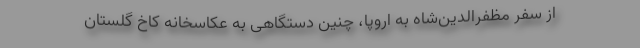
از سفر مظفرالدین‌شاه به اروپا، چنین دستگاهی به عکاسخانه کاخ گلستان